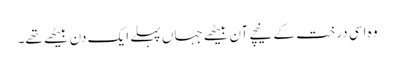
وہ اسی درخت کے نیچے آن بیٹھے جہاں پہلے ایک دن بیٹھے تھے۔